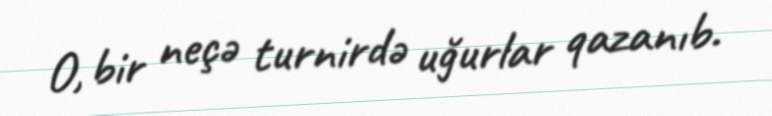
O, bir neçə turnirdə uğurlar qazanıb.